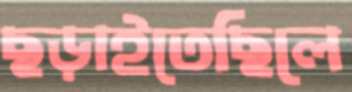
ছড়াইতেছিলে